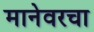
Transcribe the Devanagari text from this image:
मानेवरचा